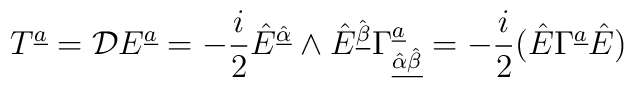
T^{{\underline a}} = {\cal D} E^{{\underline a}} = - {i \over 2} \hat{E}^{\hat{\underline \alpha}} \wedge \hat{E}^{\hat{\underline  \beta}} \Gamma^{{\underline a}}_{{\underline{\hat{\alpha}\hat{\beta}}}} =- {i \over 2} (\hat{E} \Gamma^{{\underline a}} \hat{E})